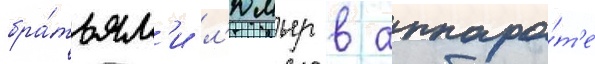
бра́тьям'и л'юмьер в аппара́т'е